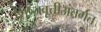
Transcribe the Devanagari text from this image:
शिष्यवृत्तीअंतर्गत